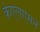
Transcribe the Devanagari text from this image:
केएलएमने